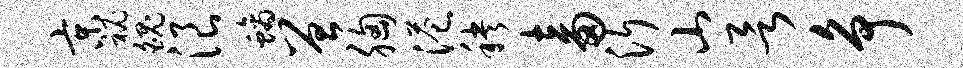
京秘魄浪螭曾胸港秧畜沂山欲争